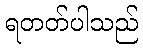
ရတတ်ပါသည်